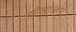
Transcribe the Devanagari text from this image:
स्पैक्ट्रोस्कोपी